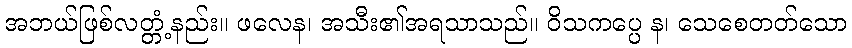
အဘယ်ဖြစ်လတ္တံ့နည်း။ ဖလေန၊ အသီး၏အရသာသည်။ ဝိသကပ္ပေ န၊ သေစေတတ်သော